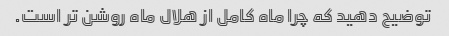
توضیح دهید که چرا ماه کامل از هلال ماه روشن تر است.